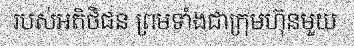
របស់អតិថិជន ព្រមទាំងជាក្រុមហ៊ុនមួយ